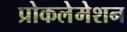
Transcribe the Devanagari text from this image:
प्रोकलेमेशन